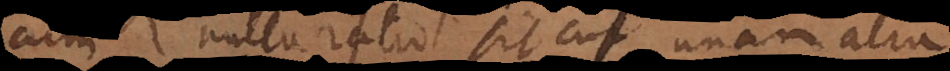
cum nulla ratio sit cur unam alia